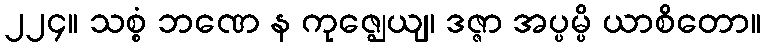
၂၂၄။ သစ္စံ ဘဏေ န ကုဇ္ဈေယျ၊ ဒဇ္ဇာ အပ္ပမ္ပိ ယာစိတော။